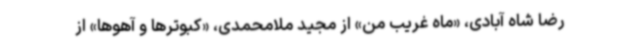
رضا شاه آبادی، «ماه غریب من» از مجید ملامحمدی، «کبوترها و آهوها» از